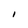
Character: I